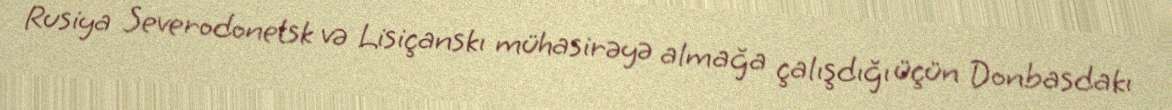
Rusiya Severodonetsk və Lisiçanskı mühasirəyə almağa çalışdığı üçün Donbasdakı